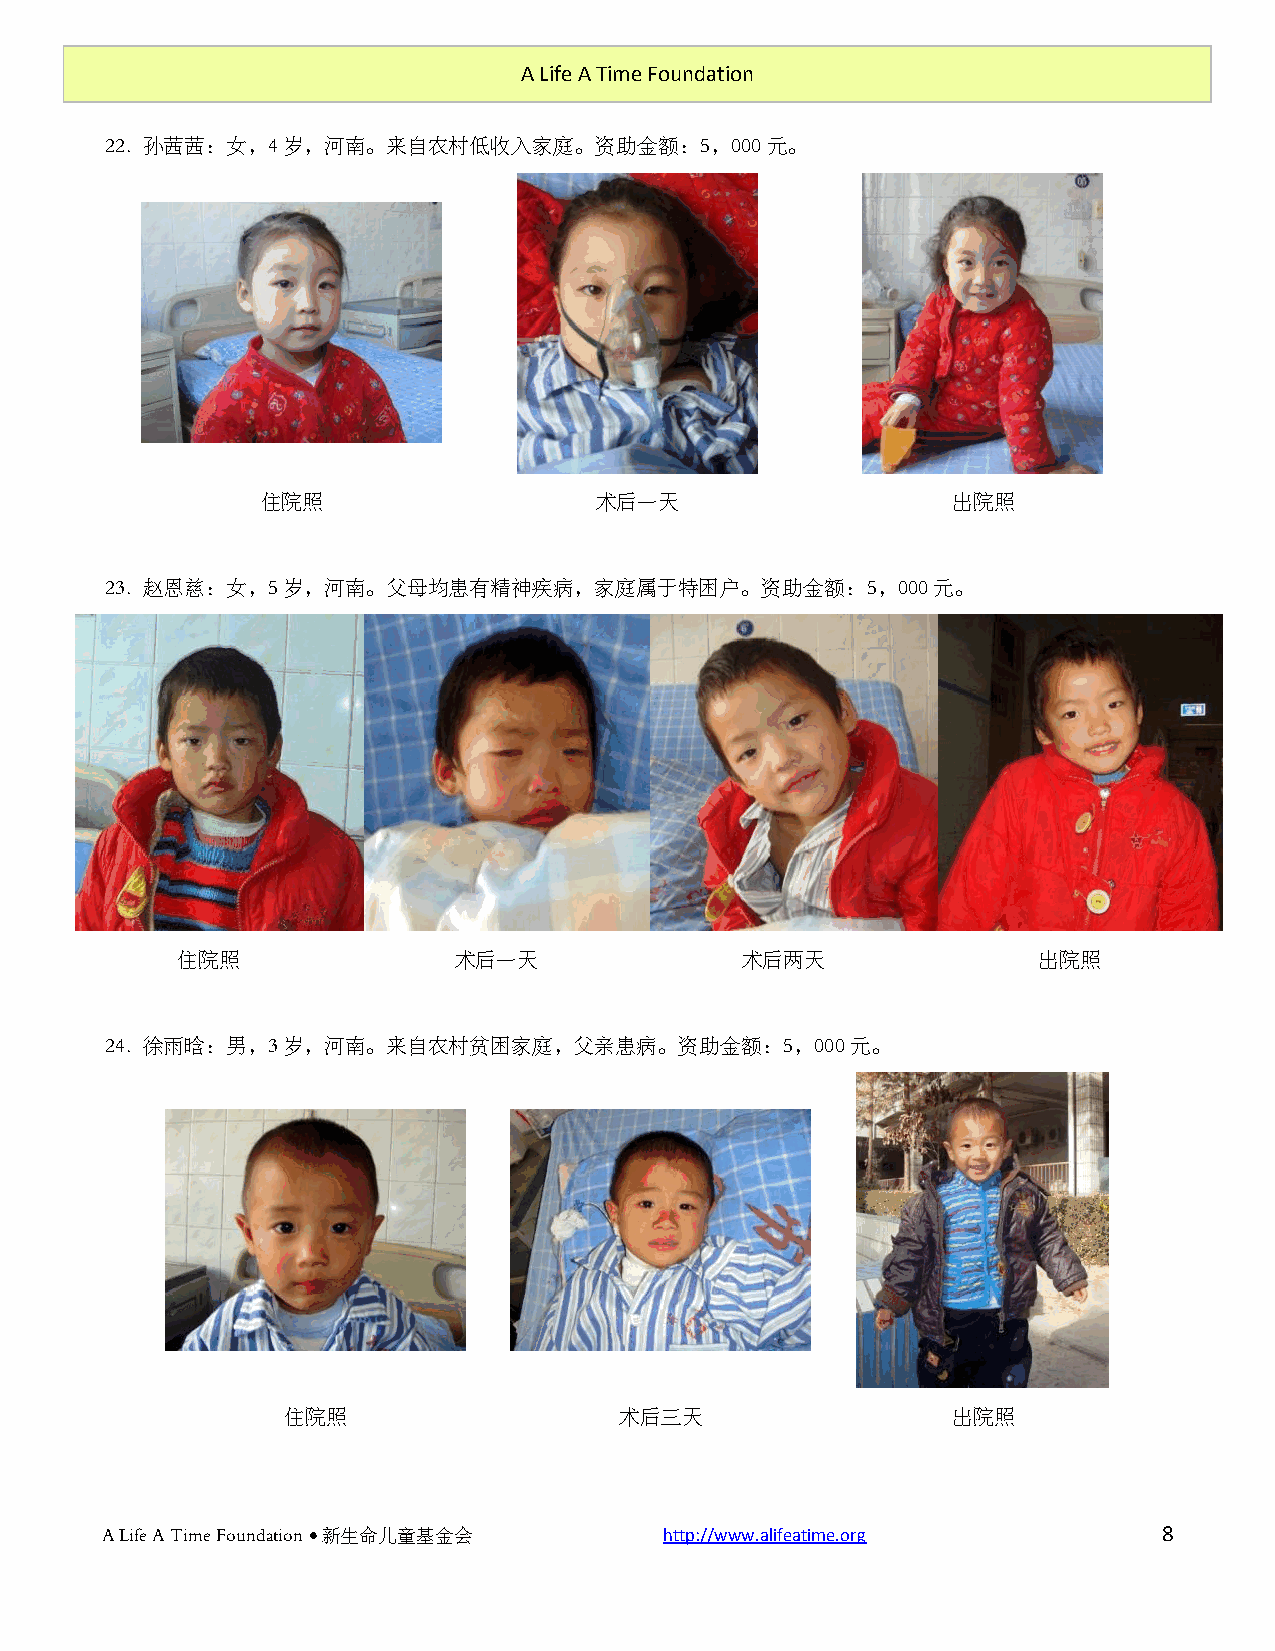
A Life A Time Foundation
 22. 孙茜茜：女，4岁，河南。来自农村低收入家庭。资助金额：5，000元。
 住院照                   术后一天                    出院照
 23. 赵恩慈：女，5岁，河南。父母均患有精神疾病，家庭属于特困户。资助金额：5，000元。
 住院照               术后一天               术后两天                出院照
 24. 徐雨晗：男，3岁，河南。来自农村贫困家庭，父亲患病。资助金额：5，000元。
 住院照                   术后三天                  出院照
 A Life A Time Foundation  新生命儿童基金会  http://www.alifeatime.org        8